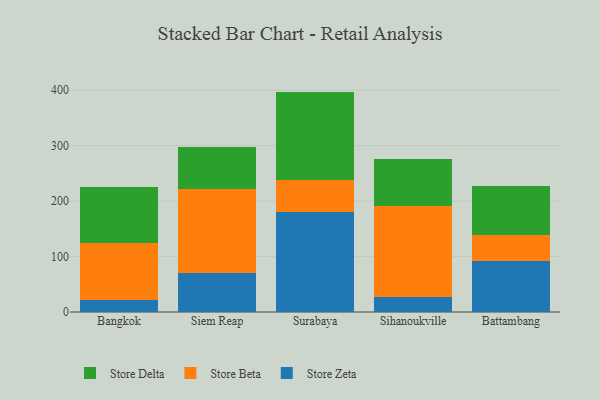
{"axis": {"x": "City", "y": "Headcount"}, "legend": ["Store Beta", "Store Delta", "Store Zeta"], "data": [{"x": "Bangkok", "y": 20.9, "type": "Store Zeta"}, {"x": "Bangkok", "y": 103.0, "type": "Store Beta"}, {"x": "Bangkok", "y": 102.2, "type": "Store Delta"}, {"x": "Siem Reap", "y": 71.2, "type": "Store Zeta"}, {"x": "Siem Reap", "y": 150.8, "type": "Store Beta"}, {"x": "Siem Reap", "y": 75.7, "type": "Store Delta"}, {"x": "Surabaya", "y": 179.6, "type": "Store Zeta"}, {"x": "Surabaya", "y": 58.8, "type": "Store Beta"}, {"x": "Surabaya", "y": 159.2, "type": "Store Delta"}, {"x": "Sihanoukville", "y": 27.5, "type": "Store Zeta"}, {"x": "Sihanoukville", "y": 164.6, "type": "Store Beta"}, {"x": "Sihanoukville", "y": 83.8, "type": "Store Delta"}, {"x": "Battambang", "y": 92.5, "type": "Store Zeta"}, {"x": "Battambang", "y": 47.0, "type": "Store Beta"}, {"x": "Battambang", "y": 87.5, "type": "Store Delta"}]}